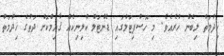
ޚިދުމަތް ލިބެން ހުރެއެވެ. މި ހޮސްޕިޓަލްގައި ޑެންޓަލް ކްލިނިކެއް ޤާއިމްކޮށް ދަތުގެ ޚިދުމަތް